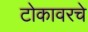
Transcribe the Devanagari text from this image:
टोकावरचे